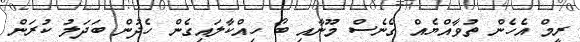
ރީމް އެހެން ތުވާއްޔެއް ގެނެސް މޫނާއި ބޯ ހިއްކާލައިގެން ހެދުން ބަދަލު ކުރަން